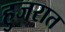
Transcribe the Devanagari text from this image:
हुजरात